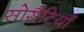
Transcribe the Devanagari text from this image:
सोसैटियाँ